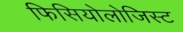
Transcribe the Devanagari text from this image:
फिसियोलोजिस्ट